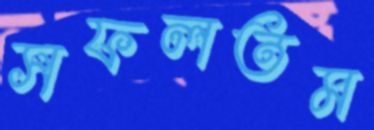
সফলতম